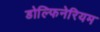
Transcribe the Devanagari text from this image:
डोल्फिनेरियम